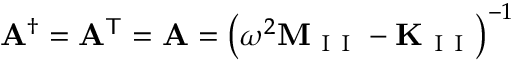
\mathbf { A } ^ { \dagger } = \mathbf { A } ^ { \mathsf { T } } = \mathbf { A } = \left( \omega ^ { 2 } \mathbf { M } _ { \mathrm { ~ I ~ I ~ } } - \mathbf { K } _ { \mathrm { ~ I ~ I ~ } } \right) ^ { - 1 }